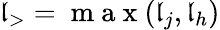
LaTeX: {\mathfrak{l}}_{>}=\mathrm{{~m~a~x~}}({{\mathfrak{l}}_{j},{\mathfrak{l}}_{h}})